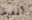
المفرط